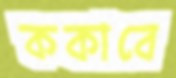
ককাবে